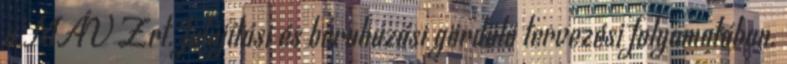
a MÁV Zrt. felújítási és beruházási gördülő tervezési folyamatában.